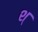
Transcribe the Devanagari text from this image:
श्‌